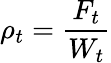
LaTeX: \rho_{t}=\frac{F_{t}}{W_{t}}